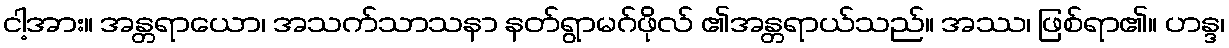
ငါ့အား။ အန္တရာယော၊ အသက်သာသနာ နတ်ရွာမဂ်ဖိုလ် ၏အန္တရာယ်သည်။ အဿ၊ ဖြစ်ရာ၏။ ဟန္ဒ၊